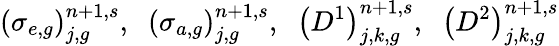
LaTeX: \left(\sigma_{e,g}\right)_{j,g}^{n+1,s},\; \; \left(\sigma_{a,g}\right)_{j,g}^{n+1,s},\; \; \left(D^{1}\right)_{j,k,g}^{n+1,s},\; \; \left(D^{2}\right)_{j,k,g}^{n+1,s}